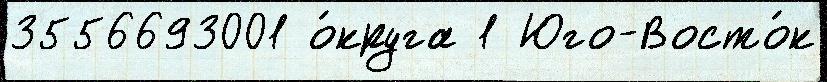
3556693001 о́круга 1 Юго-Восто́к